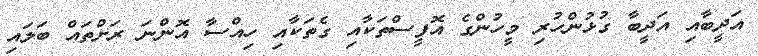
އަދީބާއި އަދީބާ ގުޅުންހުރި މީހުންގެ އޮފީސްތަކާއި ގެތަކާއި ހިއްސާ އޮންނަ ރަށްތައް ބަލައި